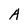
Character: A